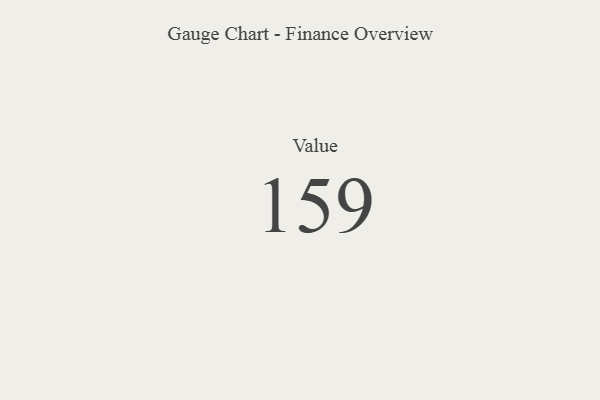
{"axis": {"x": "Metric", "y": "Value"}, "legend": [""], "data": [{"x": "Value", "y": 159, "type": ""}]}